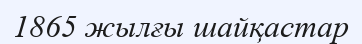
1865 жылғы шайқастар